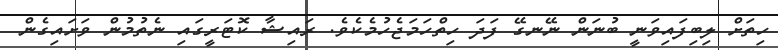
ހިތަށް ލިބިފައިވަނީ ބުނަން ނޭނގޭ ފަދަ ހިތްހަމަޖެހުމެކެވެ. ރައިޝާ ކޮޓަރީގައި ނެތުމުން ވަށައިގެން